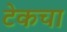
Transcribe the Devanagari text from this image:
टेकचा